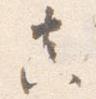
真